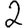
Digit: 2